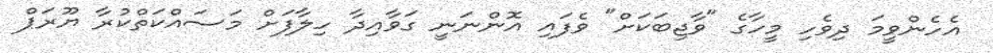
އެހެންވީމަ ދިވެހި މީހާގެ "ވާޖިބަކަށް" ވެފައި އޮންނަނީ ގަވާއިދާ ހިލާފަށް މަސައްކަތްކުރާ ޔޫރަޕް